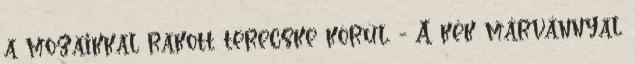
a mozaikkal rakott terecske körül. - A kék márvánnyal